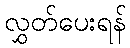
လွှတ်ပေးရန်